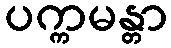
ပက္ကမန္တာ